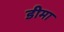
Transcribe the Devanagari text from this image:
डीमा